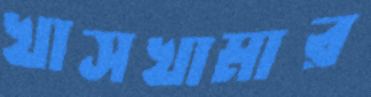
খাসখামার